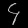
Digit: ၄